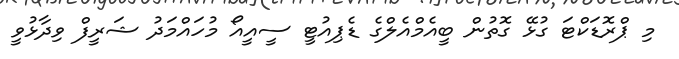
މި ޕްރޮޑަކްޓަ ގުޅޭ ގޮތުން ބީއެމްއެލްގެ ޑެޕިއުޓީ ސީއީއޯ މުހައްމަދު ޝަރީފް ވިދާޅުވީ